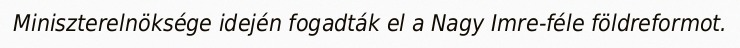
Miniszterelnöksége idején fogadták el a Nagy Imre-féle földreformot.